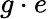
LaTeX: g\cdot e